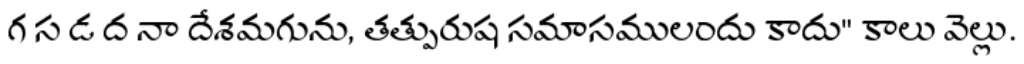
గ స డ ద నా దేశమగును, తత్పురుష సమాసములందు కాదు" కాలు వెల్లు.